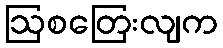
ဩစတြေးလျက